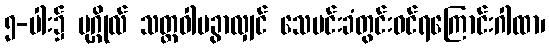
၅-ပါး၌ ပုဂ္ဂိုလ် သတ္တဝါမခွာလျှင် သေမင်းခံတွင်းဝင်ရကြောင်းဂါထာ၊